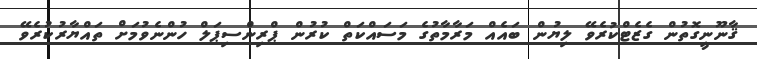
ޤާނޫނީގޮތުން ގެޒެޓްކުރެވޭ ލިޔުން ބައެއް މަރާމާތުގެ މަސައްކަތް ކުރުން ޕްރިންސިޕަލް ހުންނެވުމަށް ތައްޔާރުކުރެވޭ